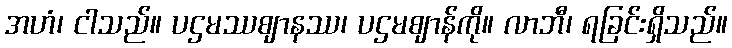
အဟံ၊ ငါသည်။ ပဌမဿဈာနဿ၊ ပဌမဈာန်ကို။ လာဘီ၊ ရခြင်းရှိသည်။